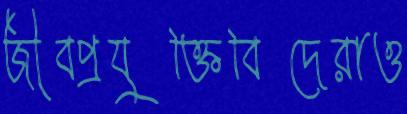
জীবপ্রযুক্তিবিদেরাও